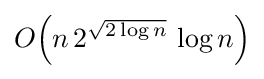
O{\mathord {\left(n\,2^{\sqrt {2\log n}}\,\log n\right)}}